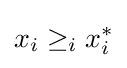
x_{i}\geq _{i}x_{i}^{*}